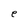
Character: e